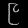
Digit: ၉